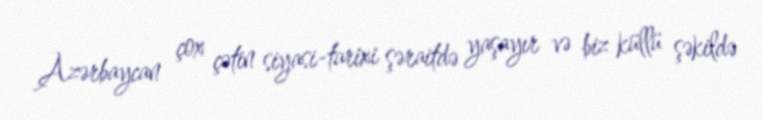
Azərbaycan çox çətin siyasi-tarixi şəraitdə yaşayır və biz küllü şəkildə